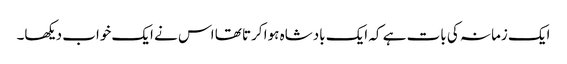
ایک زمانہ کی بات ہے کہ ایک بادشاہ ہوا کرتا تھا اس نے ایک خواب دیکھا۔